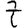
Digit: 7